Report on the treatment of epidemic cholera: from information collected by the governments of Bengal, Madras, Bombay, N.W. Provinces, Punjab, Oudh, and Central India, by order of the Government of India
Disease focus: Cholera
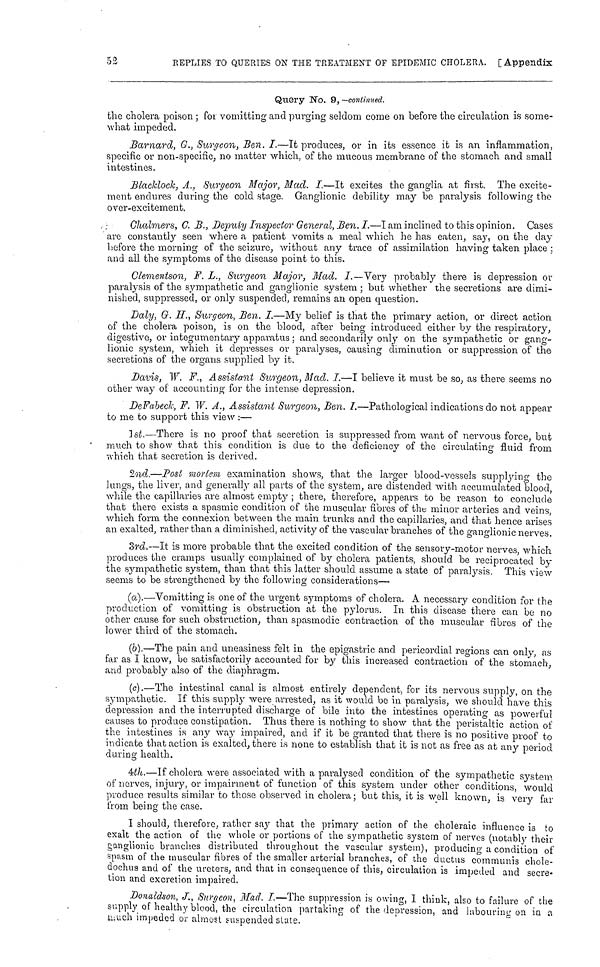
52
REPLIES TO QUERIES ON THE TREATMENT OF EPIDEMIC CHOLERA. [Appendix
Query No. 9,—continued.
the cholera poison ; for vomitting and purging seldom come on before the circulation is some-
what impeded.
Barnard, G., Surgeon, Ben. I.—It produces, or in its essence it is an inflammation,
specific or non-specific, no matter which, of the mucous membrane of the stomach and small
intestines.
Blackclock, A., Surgeon Major, Mad. I.—It excites the ganglia at first. The excite-
ment endures during the cold stage. Ganglionic debility may be paralysis following the
over-excitement,
Chalmers, C. B., Deputy Inspector General, Ben. I.—I am inclined to this opinion. Cases
are constantly seen where a patient vomits a meal which he has eaten, say, on the day
before the morning of the seizure, without any trace of assimilation having taken place ;
and all the symptoms of the disease point to this.
Clementson, F. L., Surgeon Major, Mad. I.—Very probably there is depression or
paralysis of the sympathetic and ganglionic system ; but whether the secretions are dimi-
nished, suppressed, or only suspended, remains an open question.
Daly, G. H, Surgeon, Ben. I.—My belief is that the primary action, or direct action
of the cholera poison, is on the blood, after being introduced either by the respiratory,
digestive, or integumentary apparatus ; and secondarily only on the sympathetic or gang-
lionic system, which it depresses or paralyses, causing diminution or suppression of the
secretions of the organs supplied by it.
Davis, W. F., Assistant Surgeon, Mad. I.—I believe it must be so, as there seems no
other way of accounting for the intense depression.
DeFabeck, F. W. A., Assistant Surgeon, Ben. I.—Pathological indications do not appear
to me to support this view :—
1st.—There is no proof that secretion is suppressed from want of nervous force, but
much to show that this condition is due to the deficiency of the circulating fluid from
which that secretion is derived.
2nd.—Post mortem examination shows, that the larger blood-vessels supplying the
lungs, the liver, and generally all parts of the system, are distended with accumulated blood,
while the capillaries are almost empty ; there, therefore, appears to be reason to conclude
that there exists a spasmic condition of the muscular fibres of the minor arteries and veins,
which form the connexion between the main trunks and the capillaries, and that hence arises
an exalted, rather than a diminished, activity of the vascular branches of the ganglionic nerves.
3rd.—It is more probable that the excited condition of the sensory-motor nerves, which
produces the cramps usually complained of by cholera patients, should be reciprocated by
the sympathetic system, than that this latter should assume a state of paralysis. This view
seems to be strengthened by the following considerations—
(a).—Vomitting is one of the urgent symptoms of cholera. A necessary condition for the
production of vomitting is obstruction at the pylorus. In this disease there can be no
other cause for such obstruction, than spasmodic contraction of the muscular fibres of the
lower third of the stomach.
(b).—The pain and uneasiness felt in the epigastric and pericordial regions can only, as
far as I know, be satisfactorily accounted for by this increased contraction of the stomach,
and probably also of the diaphragm.
(c).—The intestinal canal is almost entirely dependent, for its nervous supply, on the
sympathetic. If this supply were arrested, as it would be in paralysis, we should have this
depression and the interrupted discharge of bile into the intestines operating as powerful
causes to produce constipation. Thus there is nothing to show that the peristaltic action of
the intestines is any way impaired, and if it be granted that there is no positive proof to
indicate that action is exalted, there is none to establish that it is not as free as at any period
during health.
4th.—If cholera were associated with a paralysed condition of the sympathetic system
of nerves, injury, or impairment of function of this system under other conditions, would
produce results similar to those observed in cholera ; but this, it is well known, is very far
from being the case.
I should, therefore, rather say that the primary action of the choleraic influence is to
exalt the action of the whole or portions of the sympathetic system of nerves (notably their
ganglionic branches distributed throughout the vascular system), producing a condition of
spasm of the muscular fibres of the smaller arterial branches, of the ductus communis chole-
dochus and of the ureters, and that in consequence of this, circulation is impeded and secre-
tion and excretion impaired.
Donaldson, J., Surgeon, Mad. I.—-The suppression is owing, I think, also to failure of the
supply of healthy blood, the circulation partaking of the depression, and labouring on in a
much impeded or almost suspended state.